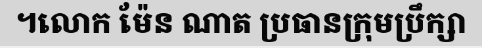
។លោក ម៉ែន ណាត ប្រធានក្រុមប្រឹក្សា